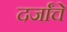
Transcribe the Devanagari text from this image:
दर्जांचे